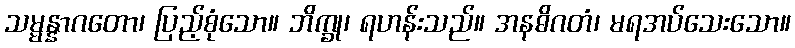
သမ္မန္နာဂတော၊ ပြည့်စုံသော။ ဘိက္ခု၊ ရဟန်းသည်။ အနဓိဂတံ၊ မရအပ်သေးသော။